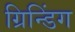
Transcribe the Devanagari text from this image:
ग्रिन्डिंग